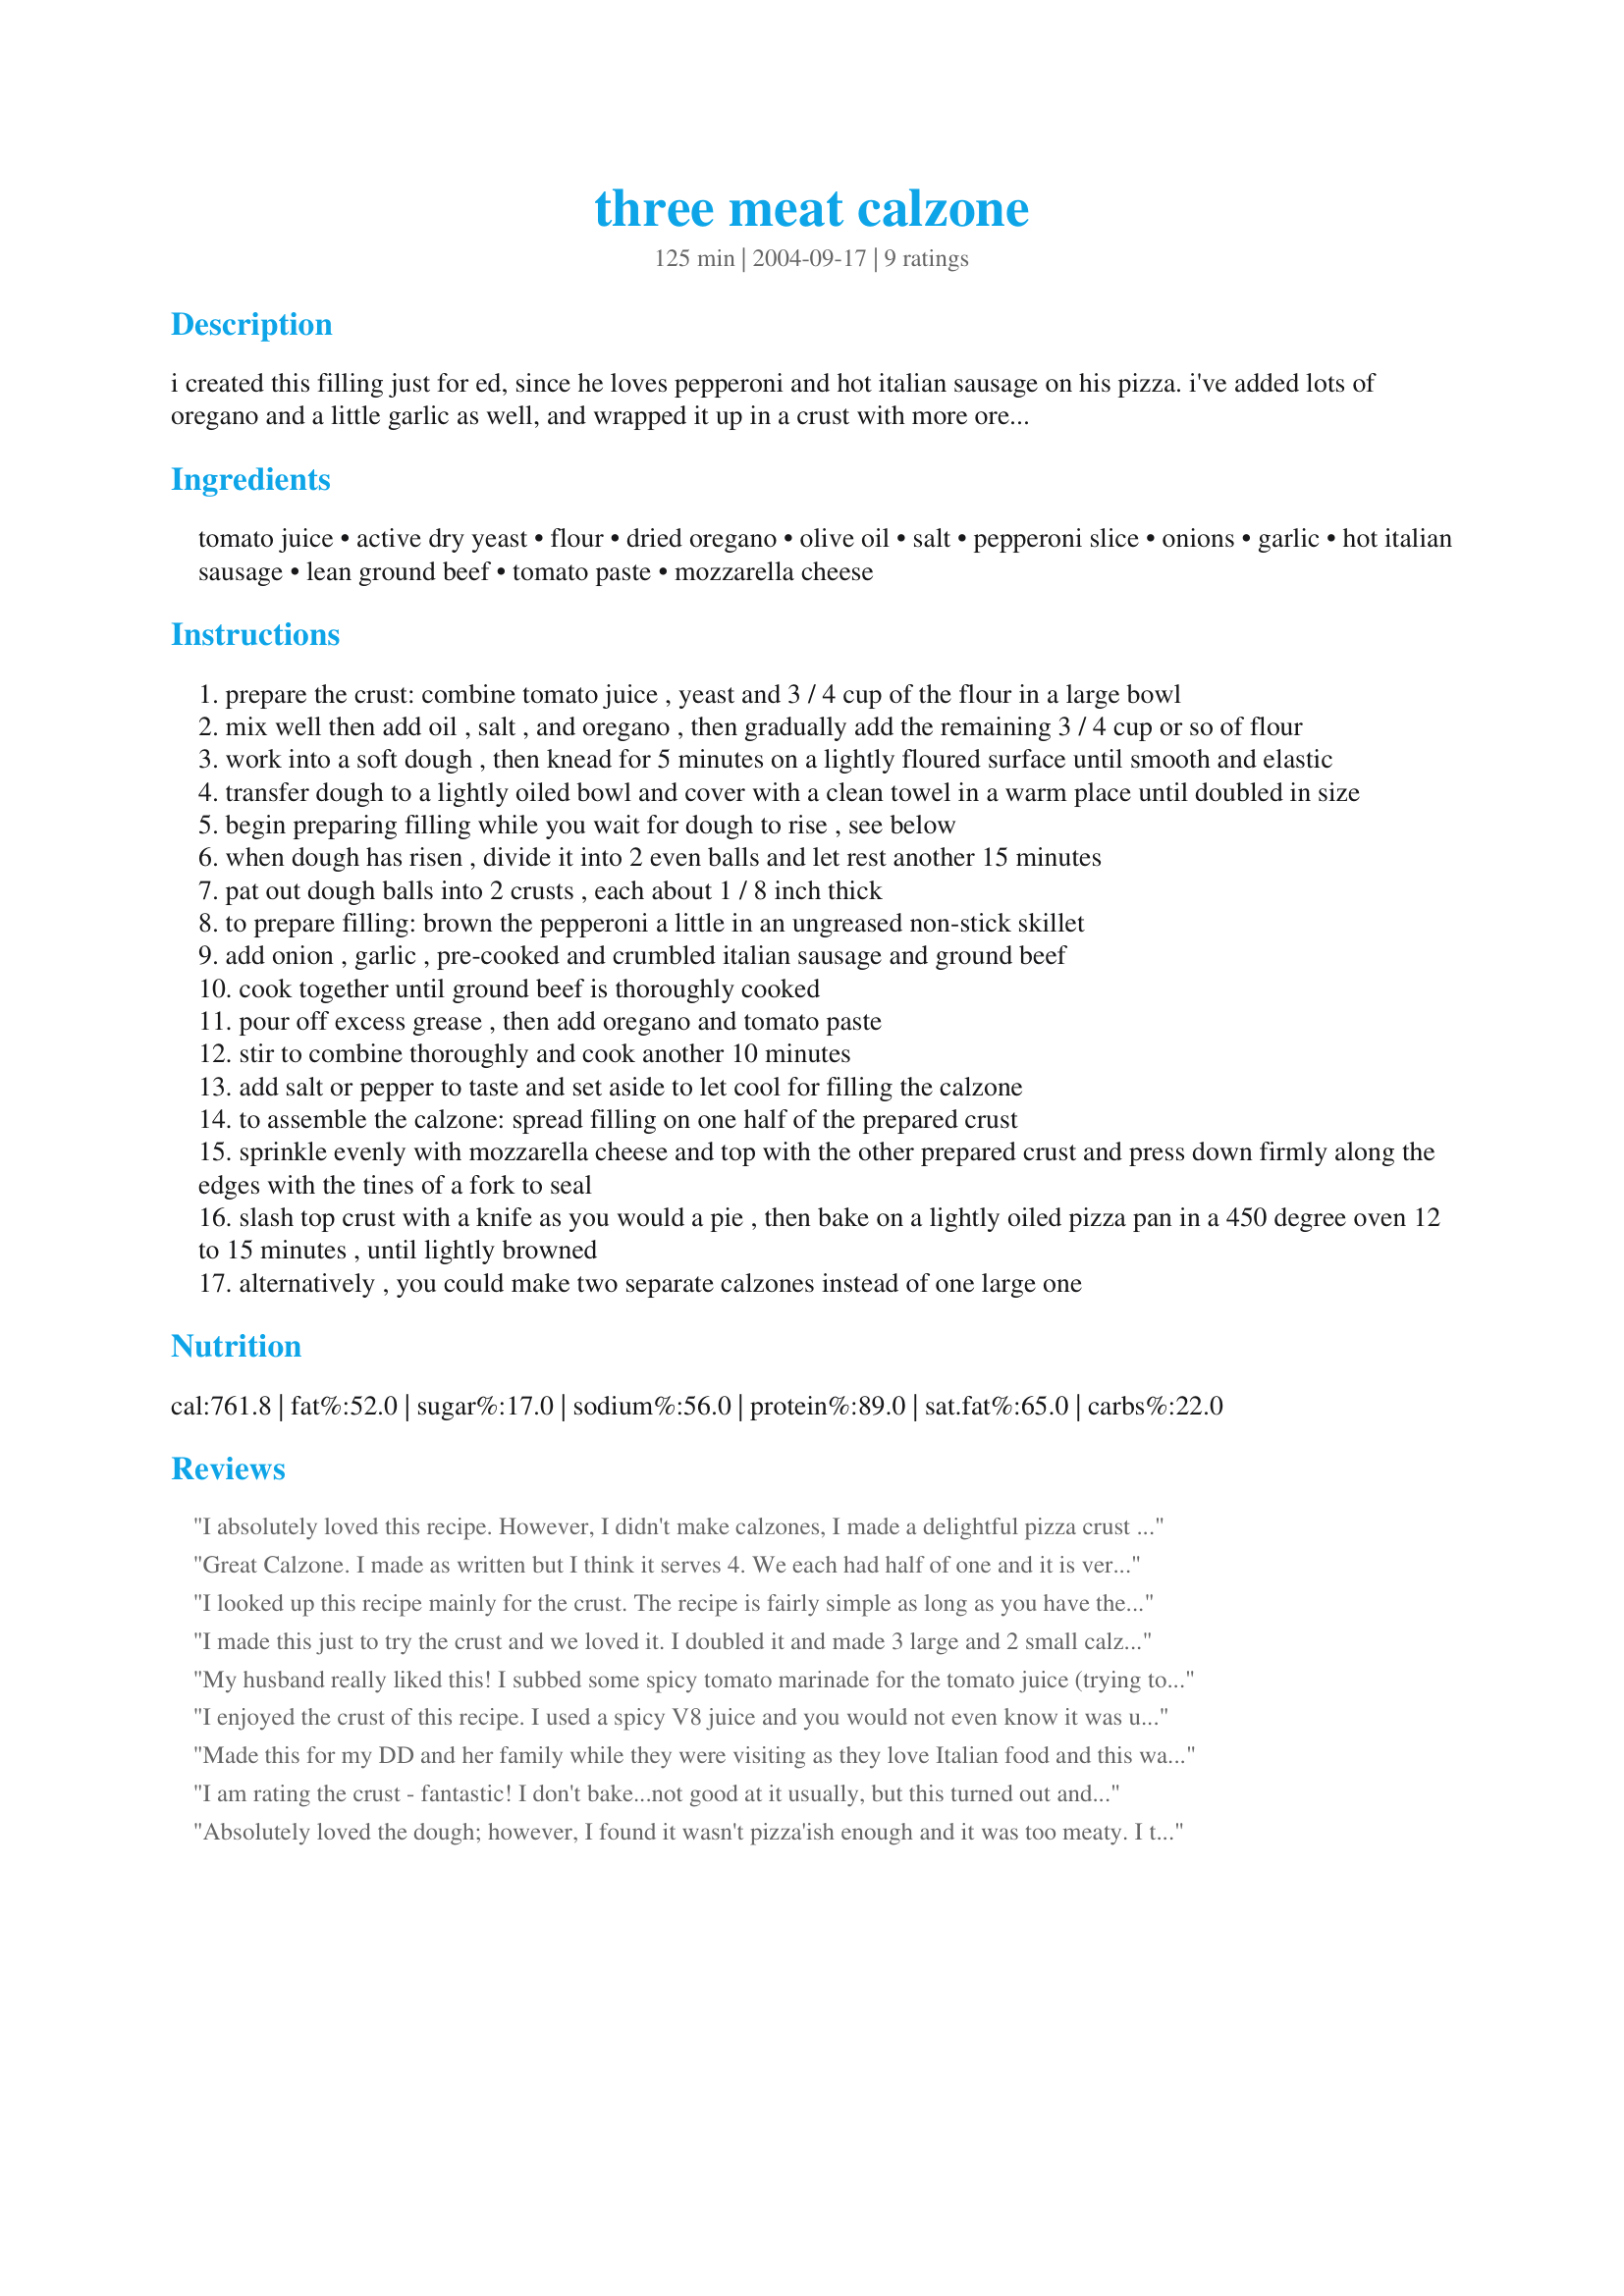
three meat calzone
Preparation time: 125 minutes

i created this filling just for ed, since he loves pepperoni and hot italian sausage on his pizza. i've added lots of oregano and a little garlic as well, and wrapped it up in a crust with more oregano. i don't think the tomato juice in the crust gives it any additional flavor, but it gives it an appealing color.

Ingredients:
tomato juice, active dry yeast, flour, dried oregano, olive oil, salt, pepperoni slice, onions, garlic, hot italian sausage, lean ground beef, tomato paste, mozzarella cheese

Steps:
prepare the crust: combine tomato juice , yeast and 3 / 4 cup of the flour in a large bowl
mix well then add oil , salt , and oregano , then gradually add the remaining 3 / 4 cup or so of flour
work into a soft dough , then knead for 5 minutes on a lightly floured surface until smooth and elastic
transfer dough to a lightly oiled bowl and cover with a clean towel in a warm place until doubled in size
begin preparing filling while you wait for dough to rise , see below
when dough has risen , divide it into 2 even balls and let rest another 15 minutes
pat out dough balls into 2 crusts , each about 1 / 8 inch thick
to prepare filling: brown the pepperoni a little in an ungreased non-stick skillet
add onion , garlic , pre-cooked and crumbled italian sausage and ground beef
cook together until ground beef is thoroughly cooked
pour off excess grease , then add oregano and tomato paste
stir to combine thoroughly and cook another 10 minutes
add salt or pepper to taste and set aside to let cool for filling the calzone
to assemble the calzone: spread filling on one half of the prepared crust
sprinkle evenly with mozzarella cheese and top with the other prepared crust and press down firmly along the edges with the tines of a fork to seal
slash top crust with a knife as you would a pie , then bake on a lightly oiled pizza pan in a 450 degree oven 12 to 15 minutes , until lightly browned
alternatively , you could make two separate calzones instead of one large one

Reviews:
I absolutely loved this recipe. However, I didn't make calzones, I made a delightful pizza crust with the dough. The family loved it and I had to make it again the next week. The only alteration I made to the dough was to substitute with whole wheat flour. Thanks for a great recipe that I will be using regularly.
Great Calzone. I made as written but I think it serves 4. We each had half of one and it is very filling. So I have one in the freezer for future use. Served it with Recipe #172589. Great meal and will make again.
I looked up this recipe mainly for the crust. The recipe is fairly simple as long as you have the time to invest. I substituted the regular flour for whole wheat and actually didn't add the oregano. When it was almost finished baking, I brushed the calzones with olive oil and sprinkled garlic powder over it. Bottom line? The crust was incredible...

Instead of the Three Meat Filling, I chose random ingredients: spinach, red & yellow bell pepper, ground turkey, various cheeses, cilantro and tomato sauce. As far as the filling goes, I think this is one of those recipes you can let your imagination run free with.

I will definitely be making this one again.
I made this just to try the crust and we loved it. I doubled it and made 3 large and 2 small calzones so everyone could pick their own filling. Yum!
My husband really liked this! I subbed some spicy tomato marinade for the tomato juice (trying to use up open bottle before opening a new can of anything), the rest of the recipe I stuck to tightly. He was quite happy and said it was not too spicy, couldn't have been, 18 month old son gobbled it up with him.
I enjoyed the crust of this recipe. I used a spicy V8 juice and you would not even know it was used. I also sprayed the pan with pam and dusted it in cornmeal to make a crunchy bottom :) I did overstuff mine (figures lol) so it was a lil moist on the edges when sealing it but it turned out good. I used different ingredients to suit what we had on hand but this is a good recipe :) Thank you so much. I hope to try the meat version next time.
Made this for my DD and her family while they were visiting as they love Italian food and this was wonderful. Even the picky DGSs enjoyed it. I used spicy V8 and while you couldn't really taste it (thank goodness as then those boys wouldn't have touched it) there was that something extra in the taste and the color was lovely. I used pepperroni for the boys and for the adults fried up hot italian sausage with the onion and garlic. Then instead of mixing the tomatoe paste spread store bought pizza sauce on the dough, layered it with the desired meat mixture, topped with shredded mozzarella and sealed. Instead of using separate top & bottom I rolled it out and just folded over, sealed and then slashed the top. Before placing in the oven I brushed with a beaten egg white & water mixture just to give it a glaze. It turned out wonderful and was enjoyed by all. Thanks so much for posting.
I am rating the crust - fantastic! I don't bake...not good at it usually, but this turned out and was super easy. I used diluted tomato sauce instead of the juice and italian seasoning instead of oregano. I brushed the whole thing with garlic butter before baking. SO easy!!! I filled mine with italian sausage, pepperoni, bacon, Prego, parmasan and mozzarella.
Absolutely loved the dough; however, I found it wasn't pizza'ish enough and it was too meaty. I think I'll add more tomato paste and less ground meat next time. Nevertheless my boys loved it. Thanks I will keep this for sure. :)
